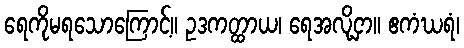
ရေကိုမရသောကြောင့်။ ဥဒကတ္ထာယ၊ ရေအလို့ငှာ။ ဧကံဃရံ၊